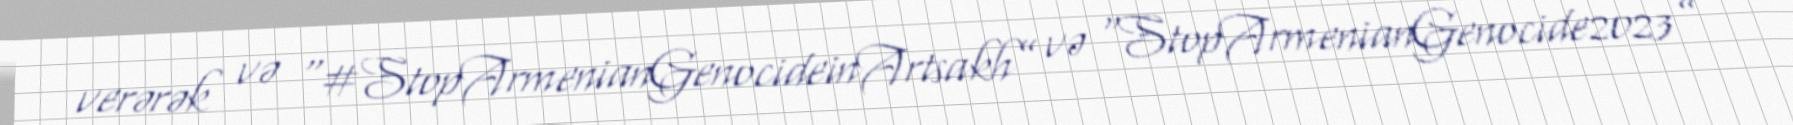
verərək və “#StopArmenianGenocideinArtsakh” və “StopArmenianGenocide2023”